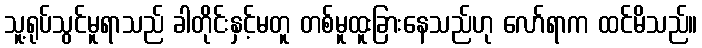
သူ့ရုပ်သွင်မူရာသည် ခါတိုင်းနှင့်မတူ တစ်မူထူးခြားနေသည်ဟု လော်ရာက ထင်မိသည်။